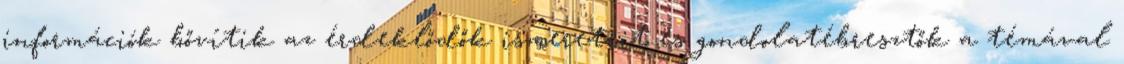
információk bővítik az érdeklődők ismereteit és gondolatébresztők a témával